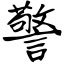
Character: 警